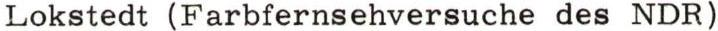
Lokstedt (Farbfernsehversuche des NDR)